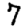
Digit: 7